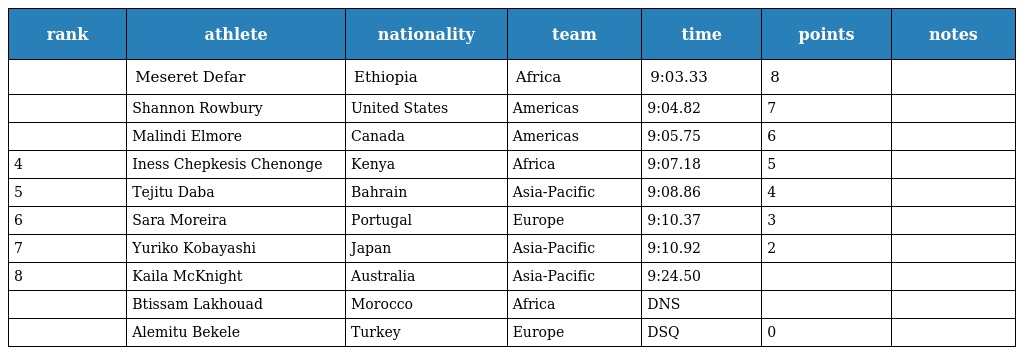
| rank | athlete | nationality | team | time | points | notes |
 | --- | --- | --- | --- | --- | --- | --- |
 |  | Meseret Defar | Ethiopia | Africa | 9:03.33 | 8 |  |
 |  | Shannon Rowbury | United States | Americas | 9:04.82 | 7 |  |
 |  | Malindi Elmore | Canada | Americas | 9:05.75 | 6 |  |
 | 4 | Iness Chepkesis Chenonge | Kenya | Africa | 9:07.18 | 5 |  |
 | 5 | Tejitu Daba | Bahrain | Asia-Pacific | 9:08.86 | 4 |  |
 | 6 | Sara Moreira | Portugal | Europe | 9:10.37 | 3 |  |
 | 7 | Yuriko Kobayashi | Japan | Asia-Pacific | 9:10.92 | 2 |  |
 | 8 | Kaila McKnight | Australia | Asia-Pacific | 9:24.50 |  |  |
 |  | Btissam Lakhouad | Morocco | Africa | DNS |  |  |
 |  | Alemitu Bekele | Turkey | Europe | DSQ | 0 |  |